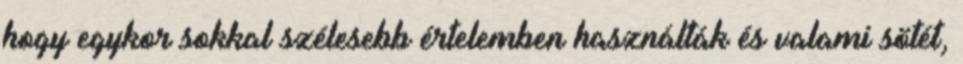
hogy egykor sokkal szélesebb értelemben használták és valami sötét,